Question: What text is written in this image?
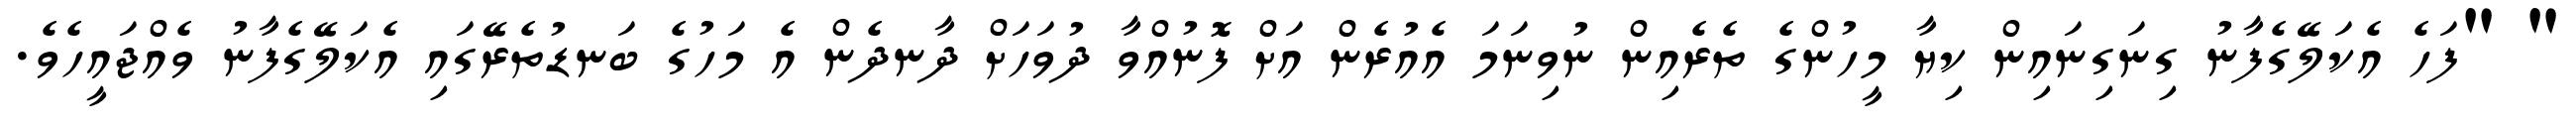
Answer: " "ފަހެ އެކަލޭގެފާނު ގިނަގިނައިން ކިޔާ މީހުންގެ ތެރެއިން ނުވިނަމަ އެއުރެން އަށް ފޮނުއްވާ ދުވަހަށް ދާނދެން އެ މަހުގެ ބަނޑުތެރޭގައި އެކަލޭގެފާނު ވެއްޖައީހެވެ.